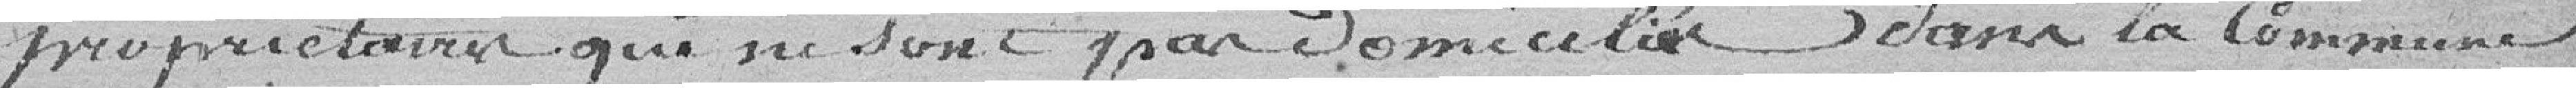
propriétaires qui ne sont pas domiciliés dans la Commune